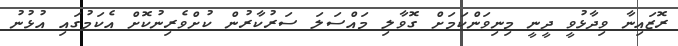
ރޮޒައިނާ ވިދާޅުވީ ދީނީ މިނިވަންކަމަށް ގޮވާލި މައްސަލަ ސަރުކާރުން ކުށްވެރިނުކޮށް އެކަމުގައި އުޅުނު